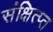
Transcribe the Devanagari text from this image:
संक्षित्प्त